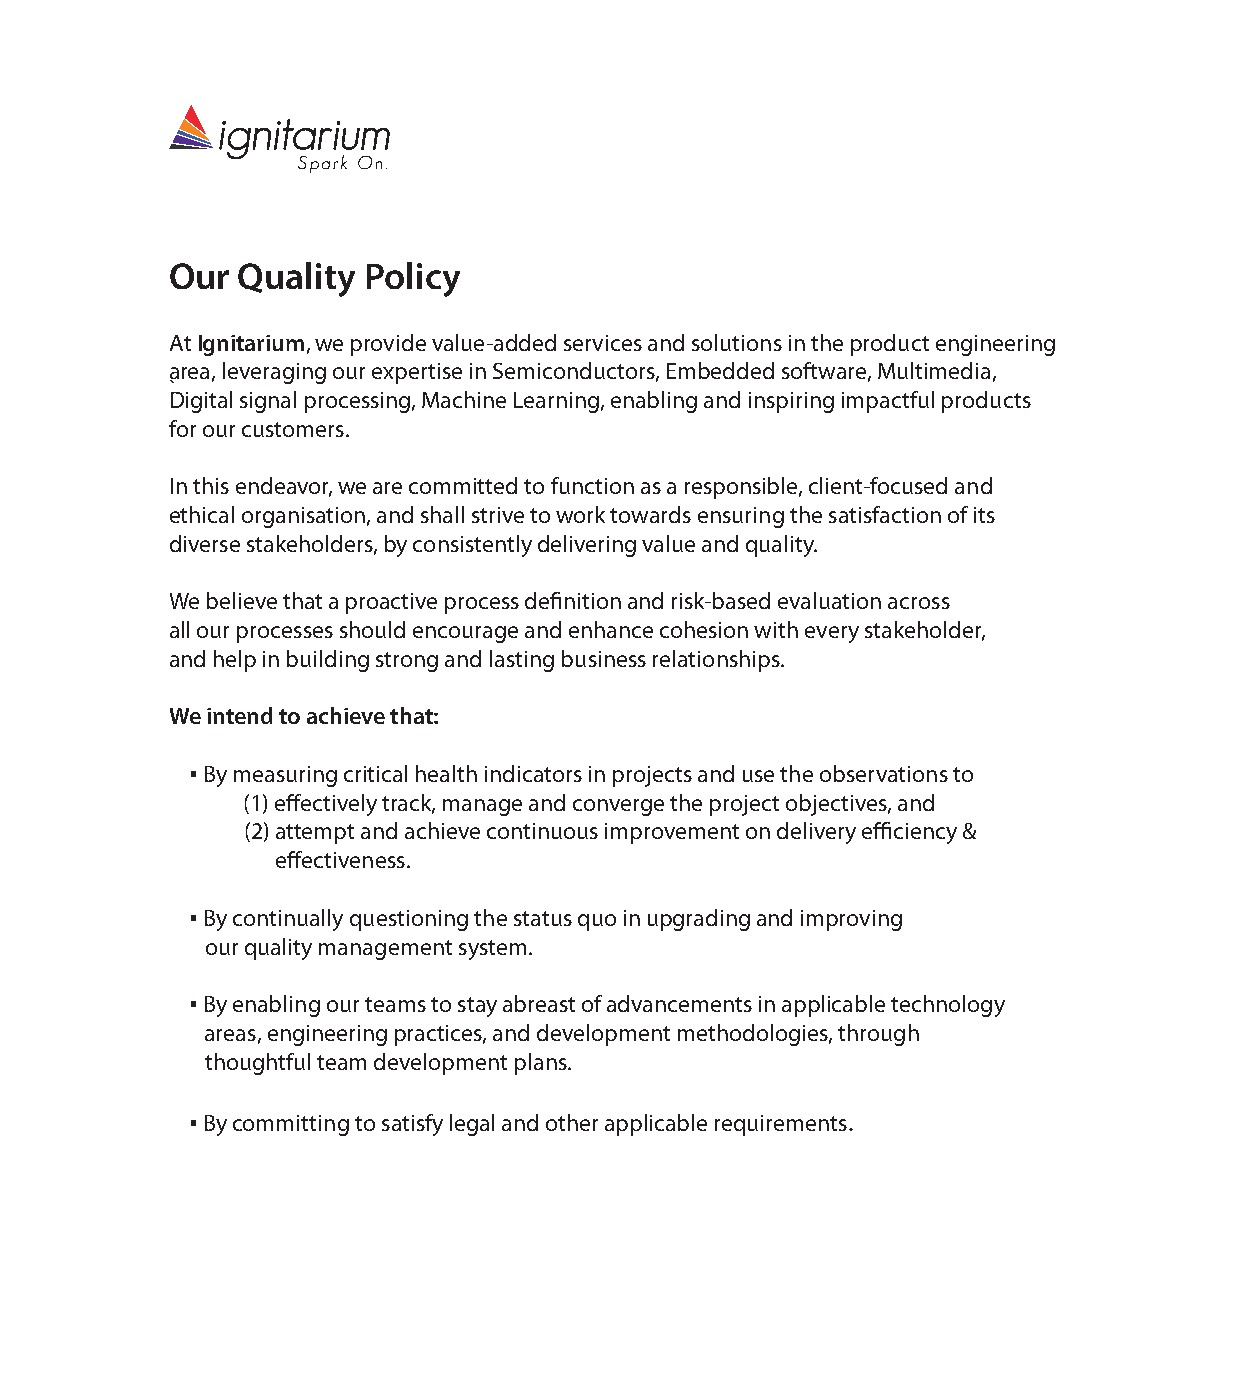
Our  Quality Policy
 At Ignitarium, we provide value-added services and solutions in the product engineering
 area, leveraging our expertise in Semiconductors, Embedded software, Multimedia,
 `
 Digital signal processing, Machine Learning, enabling and inspiring impactful products
 for our customers.
 In this endeavor, we are committed to function as a responsible, client-focused and
 ethical organisation, and shall strive to work towards ensuring the satisfaction of its
 diverse stakeholders, by consistently delivering value and quality.
 We believe that a proactive process definition and risk-based evaluation across
 all our processes should encourage and enhance cohesion with every stakeholder,
 and help in building strong and lasting business relationships.
 We intend to achieve that:
 ▪ By measuring critical health indicators in projects and use the observations to
 (1) effectively track, manage and converge the project objectives, and
 (2) attempt and achieve continuous improvement on delivery efficiency &
 effectiveness.
 ▪ By continually questioning the status quo in upgrading and improving
 our quality management system.
 ▪ By enabling our teams to stay abreast of advancements in applicable technology
 areas, engineering practices, and development methodologies, through
 thoughtful team development plans.
 ▪ By committing to satisfy legal and other applicable requirements.